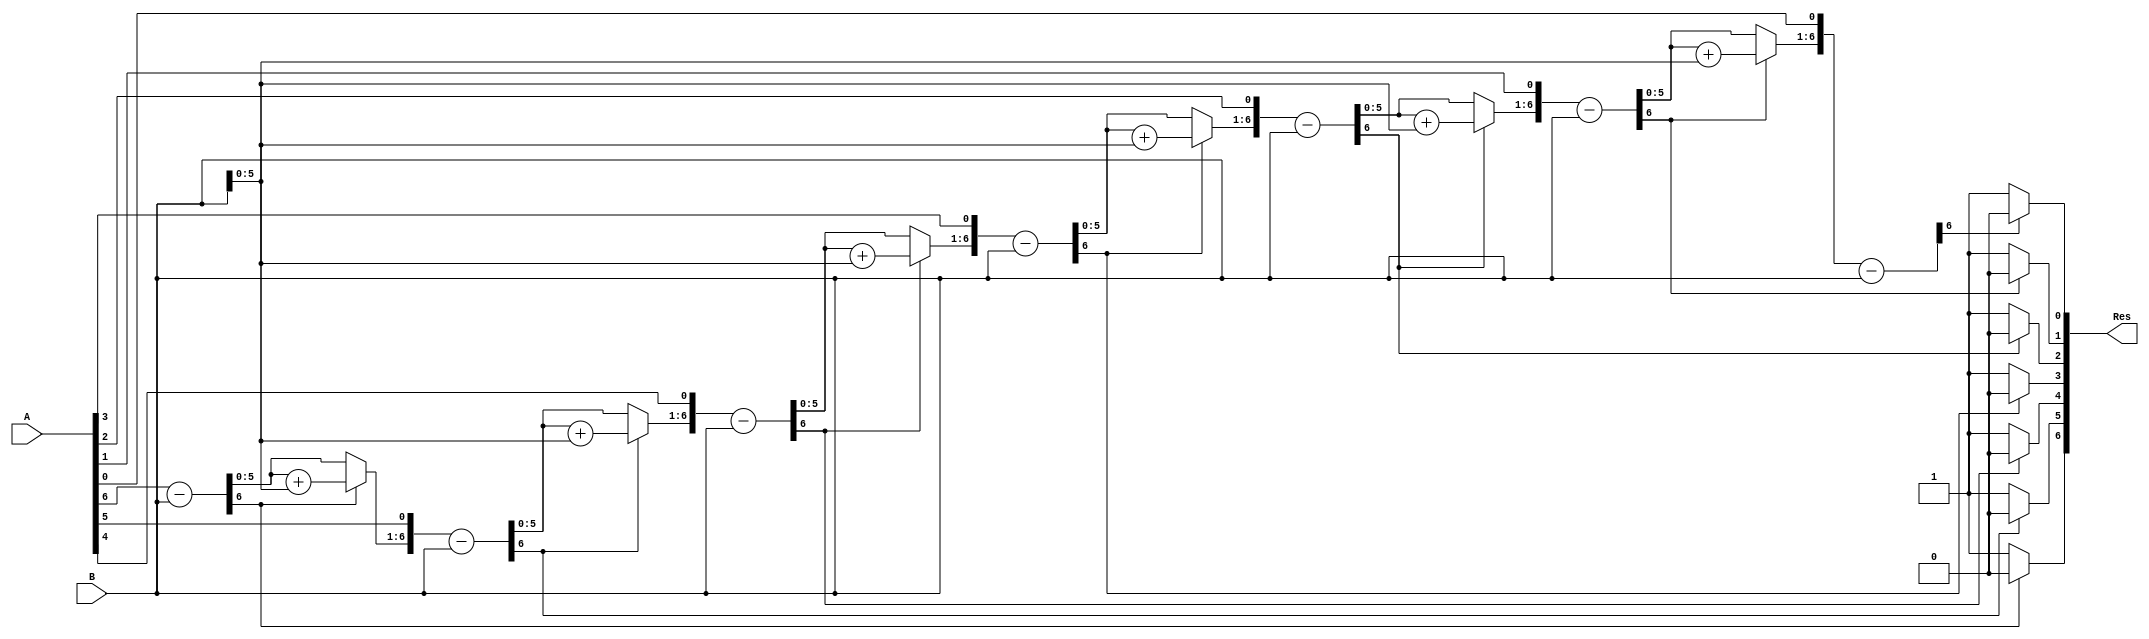
`timescale 1ns / 1ps
//////////////////////////////////////////////////////////////////////////////////
// Company: 
// Engineer: 
// 
// Design Name: 
// Module Name:    division 
// Project Name: 
// Target Devices: 
// Tool versions: 
// Description: 
//
// Dependencies: 
//
// Revision: 
// Revision 0.01 - File Created
// Additional Comments: 
//
//////////////////////////////////////////////////////////////////////////////////
module division(A,B,Res);

    //the size of input and output ports of the division module is generic.
    parameter WIDTH = 7;
    //input and output ports.
    input [WIDTH-1:0] A;
    input [WIDTH-1:0] B;
    output [WIDTH-1:0] Res;
    //internal variables    
    reg [WIDTH-1:0] Res = 0;
    reg [WIDTH-1:0] a1,b1;
    reg [WIDTH:0] p1;   
    integer i;

    always@ (A or B)
    begin
        //initialize the variables.
        a1 = A;
        b1 = B;
        p1= 0;
        for(i=0;i < WIDTH;i=i+1)    begin //start the for loop
            p1 = {p1[WIDTH-2:0],a1[WIDTH-1]};
            a1[WIDTH-1:1] = a1[WIDTH-2:0];
            p1 = p1-b1;
            if(p1[WIDTH-1] == 1)    begin
                a1[0] = 0;
                p1 = p1 + b1;   end
            else
                a1[0] = 1;
        end
        Res = a1;   
		  //Res = Res *100;
    end 

endmodule